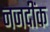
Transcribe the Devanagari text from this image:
नजदींक